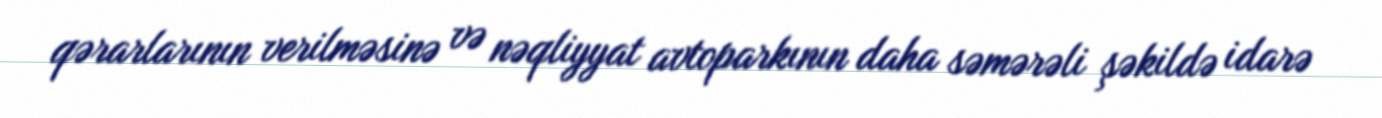
qərarlarının verilməsinə və nəqliyyat avtoparkının daha səmərəli şəkildə idarə